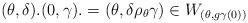
LaTeX: \begin{align*} (\theta,\delta).(0,\gamma). = (\theta,\delta \rho_{\theta}{\gamma}) \in W_{(\theta, g\gamma(0) )} \end{align*}